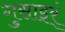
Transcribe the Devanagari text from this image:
गुसाइर्ं